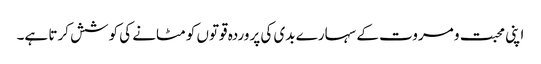
اپنی محبت و مروت کے سہارے بدی کی پروردہ قوتوں کو مٹانے کی کوشش کرتا ہے۔